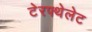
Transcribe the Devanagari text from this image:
टेरफ्थेलेट